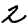
Digit: 2